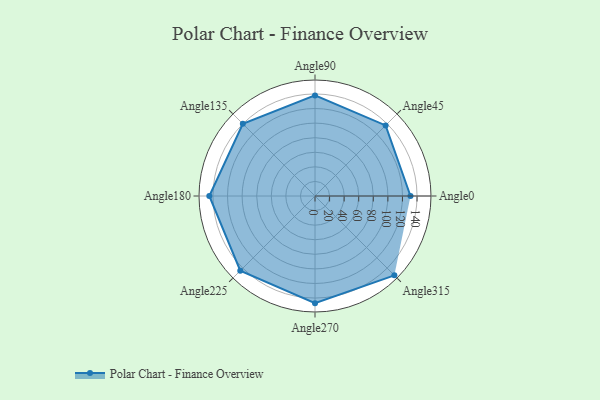
{"axis": {"x": "Angle", "y": "Radius"}, "legend": [""], "data": [{"x": "Angle0", "y": 131.0, "type": ""}, {"x": "Angle45", "y": 137.0, "type": ""}, {"x": "Angle90", "y": 138.0, "type": ""}, {"x": "Angle135", "y": 140.0, "type": ""}, {"x": "Angle180", "y": 145.0, "type": ""}, {"x": "Angle225", "y": 145.0, "type": ""}, {"x": "Angle270", "y": 147.0, "type": ""}, {"x": "Angle315", "y": 154.0, "type": ""}]}